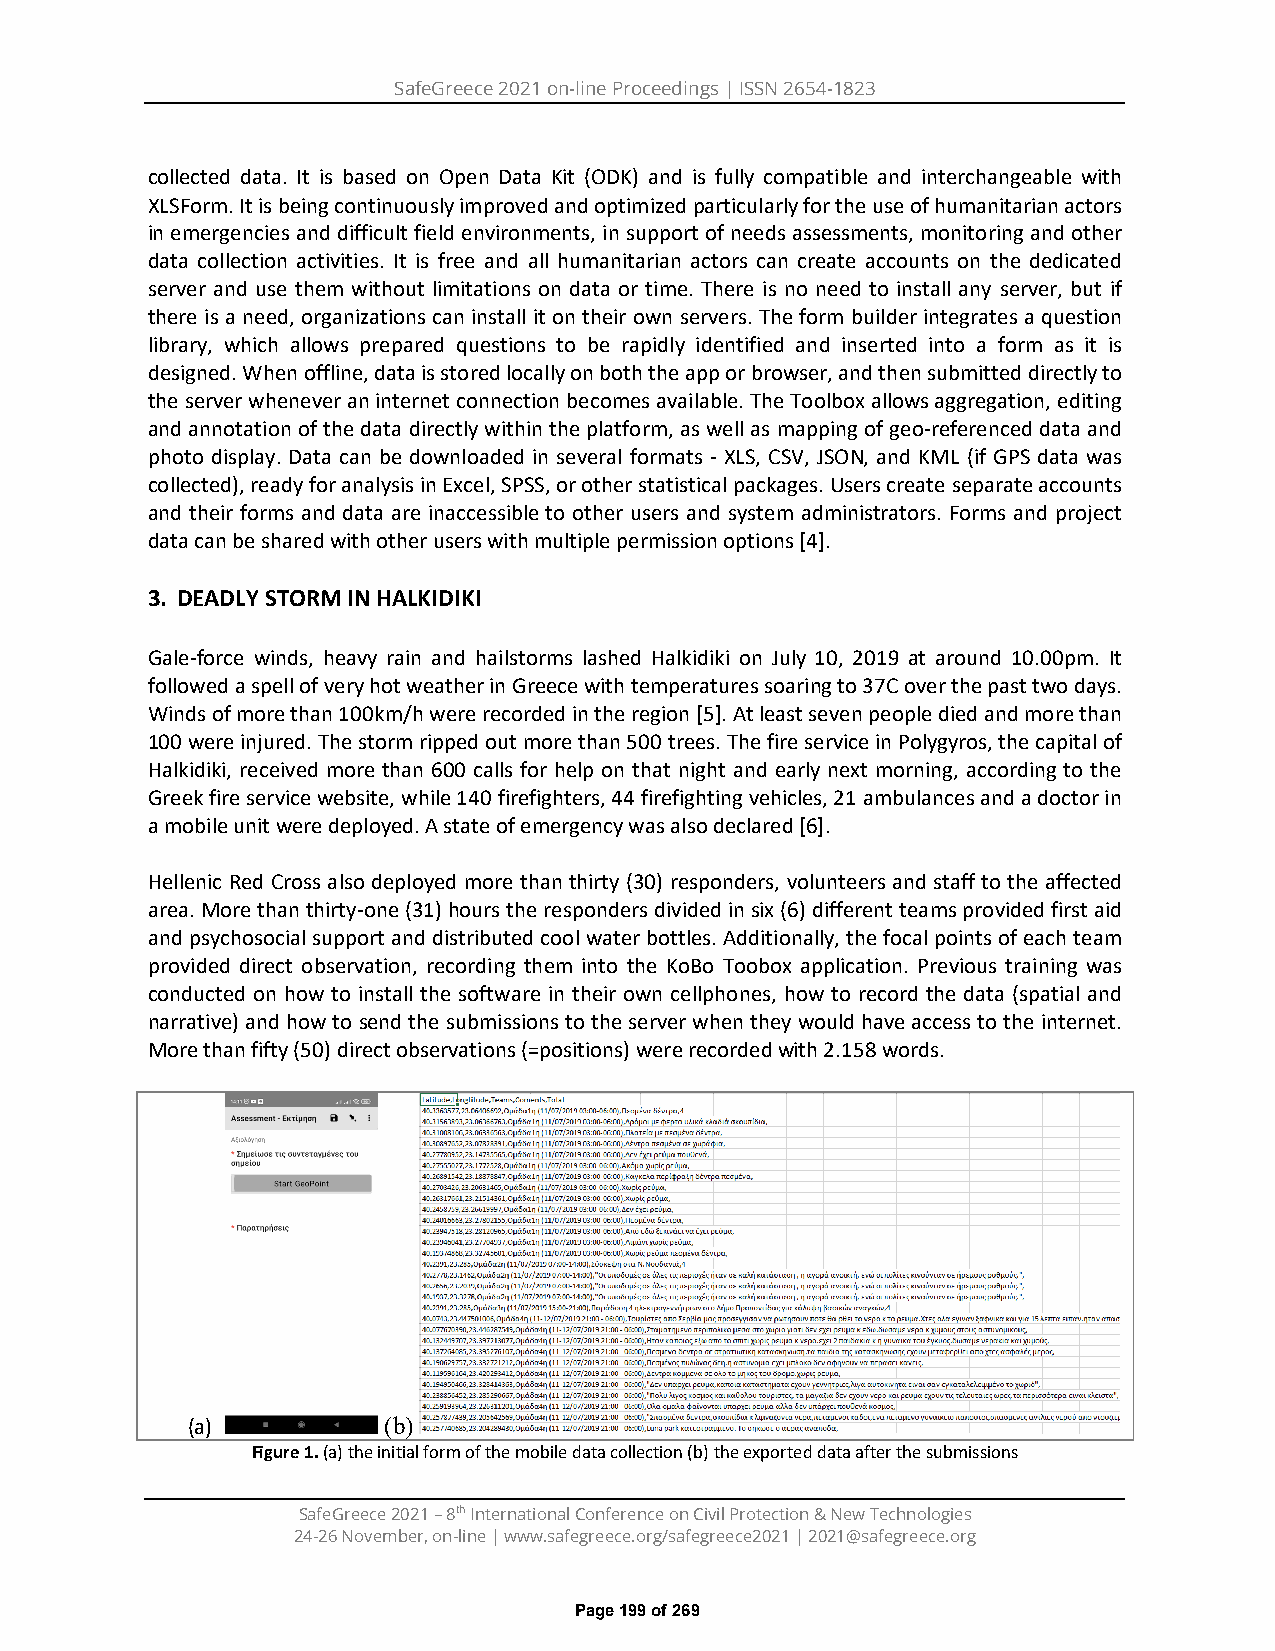
SafeGreece 2021 on-line Proceedings | ISSN 2654-1823
 collected data. It is based on Open Data Kit (ODK) and is fully compatible and interchangeable with
 XLSForm. It is being continuously improved and optimized particularly for the use of humanitarian actors
 in emergencies and difficult field environments, in support of needs assessments, monitoring and other
 data collection activities. It is free and all humanitarian actors can create accounts on the dedicated
 server and use them without limitations on data or time. There is no need to install any server, but if
 there is a need, organizations can install it on their own servers. The form builder integrates a question
 library, which allows prepared questions to be rapidly identified and inserted into a form as it is
 designed. When offline, data is stored locally on both the app or browser, and then submitted directly to
 the server whenever an internet connection becomes available. The Toolbox allows aggregation, editing
 and annotation of the data directly within the platform, as well as mapping of geo-referenced data and
 photo display. Data can be downloaded in several formats - XLS, CSV, JSON, and KML (if GPS data was
 collected), ready for analysis in Excel, SPSS, or other statistical packages. Users create separate accounts
 and their forms and data are inaccessible to other users and system administrators. Forms and project
 data can be shared with other users with multiple permission options [4].
 3. DEADLY STORM IN HALKIDIKI
 Gale-force winds, heavy rain and hailstorms lashed Halkidiki on July 10, 2019 at around 10.00pm. It
 followed a spell of very hot weather in Greece with temperatures soaring to 37C over the past two days.
 Winds of more than 100km/h were recorded in the region [5]. At least seven people died and more than
 100 were injured. The storm ripped out more than 500 trees. The fire service in Polygyros, the capital of
 Halkidiki, received more than 600 calls for help on that night and early next morning, according to the
 Greek fire service website, while 140 firefighters, 44 firefighting vehicles, 21 ambulances and a doctor in
 a mobile unit were deployed. A state of emergency was also declared [6].
 Hellenic Red Cross also deployed more than thirty (30) responders, volunteers and staff to the affected
 area. More than thirty-one (31) hours the responders divided in six (6) different teams provided first aid
 and psychosocial support and distributed cool water bottles. Additionally, the focal points of each team
 provided direct observation, recording them into the KoBo Toobox application. Previous training was
 conducted on how to install the software in their own cellphones, how to record the data (spatial and
 narrative) and how to send the submissions to the server when they would have access to the internet.
 More than fifty (50) direct observations (=positions) were recorded with 2.158 words.
 (a)          (b)
 Figure 1. (a) the initial form of the mobile data collection (b) the exported data after the submissions
 SafeGreece 2021 – 8th International Conference on Civil Protection & New Technologies
 24-26 November, on-line | www.safegreece.org/safegreece2021 | 2021@safegreece.org
 Page 199 of 269